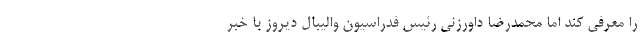
را معرفی کند اما محمدرضا داورزنی رئیس فدراسیون والیبال دیروز با خبر